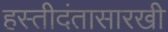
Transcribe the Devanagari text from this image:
हस्तीदंतासारखी